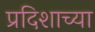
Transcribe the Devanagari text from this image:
प्रदिशाच्या